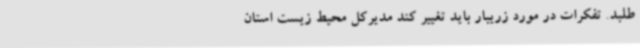
طلبد. تفکرات در مورد زریبار باید تغییر کند مدیرکل محیط زیست استان